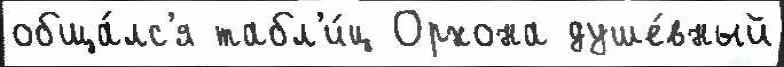
обща́лс'я табл'и́ц Орхона душе́вный